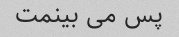
پس می بینمت